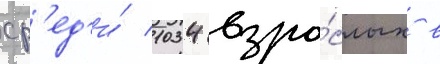
ср'ед'и́ 1034 взро́слых в